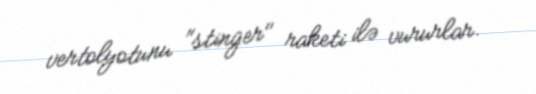
vertolyotunu "stinger" raketi ilə vururlar.